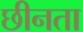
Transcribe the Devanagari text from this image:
छीनता